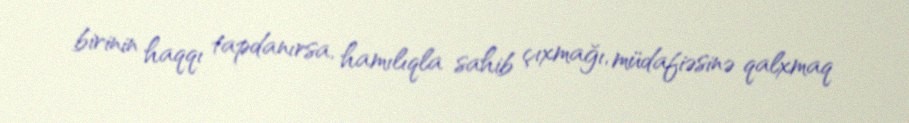
birinin haqqı tapdanırsa, hamılıqla sahib çıxmağı, müdafiəsinə qalxmaq